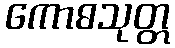
ကောဓသုတ္တ